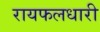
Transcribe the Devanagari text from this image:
रायफलधारी